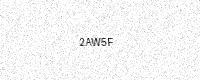
Text: 2AW5F